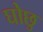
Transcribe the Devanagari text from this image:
घोछु